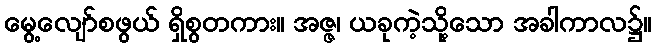
မွေ့လျော်စဖွယ် ရှိစွတကား။ အဇ္ဇ၊ ယခုကဲ့သို့သော အခါကာလ၌။